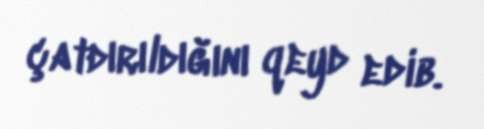
çatdırıldığını qeyd edib.